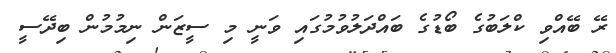
ރޭ ބޭއްވި ކްލަބުގެ ބޯޑުގެ ބައްދަލުވުމުގައި ވަނީ މި ސީޒަން ނިމުމުން ބިދޭސީ